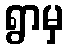
ရွာမှ